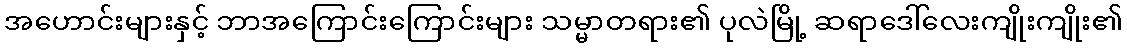
အဟောင်းများနှင့် ဘာအကြောင်းကြောင်းများ သမ္မာတရား၏ ပုလဲမြို့ ဆရာဒေါ်လေးကျိုးကျိုး၏